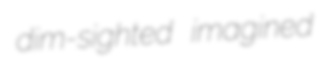
dim-sighted imagined